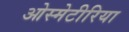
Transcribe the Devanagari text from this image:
ओस्मेटीरिया